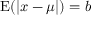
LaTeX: \operatorname { E } ( | x - \mu | ) = b